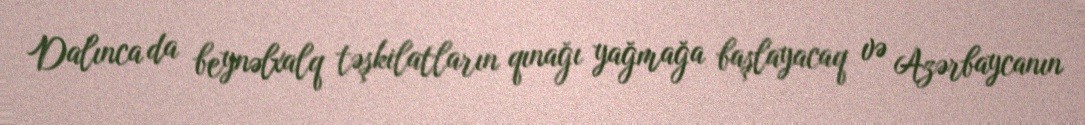
Dalınca da beynəlxalq təşkilatların qınağı yağmağa başlayacaq və Azərbaycanın